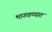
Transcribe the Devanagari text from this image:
भागवण्यात